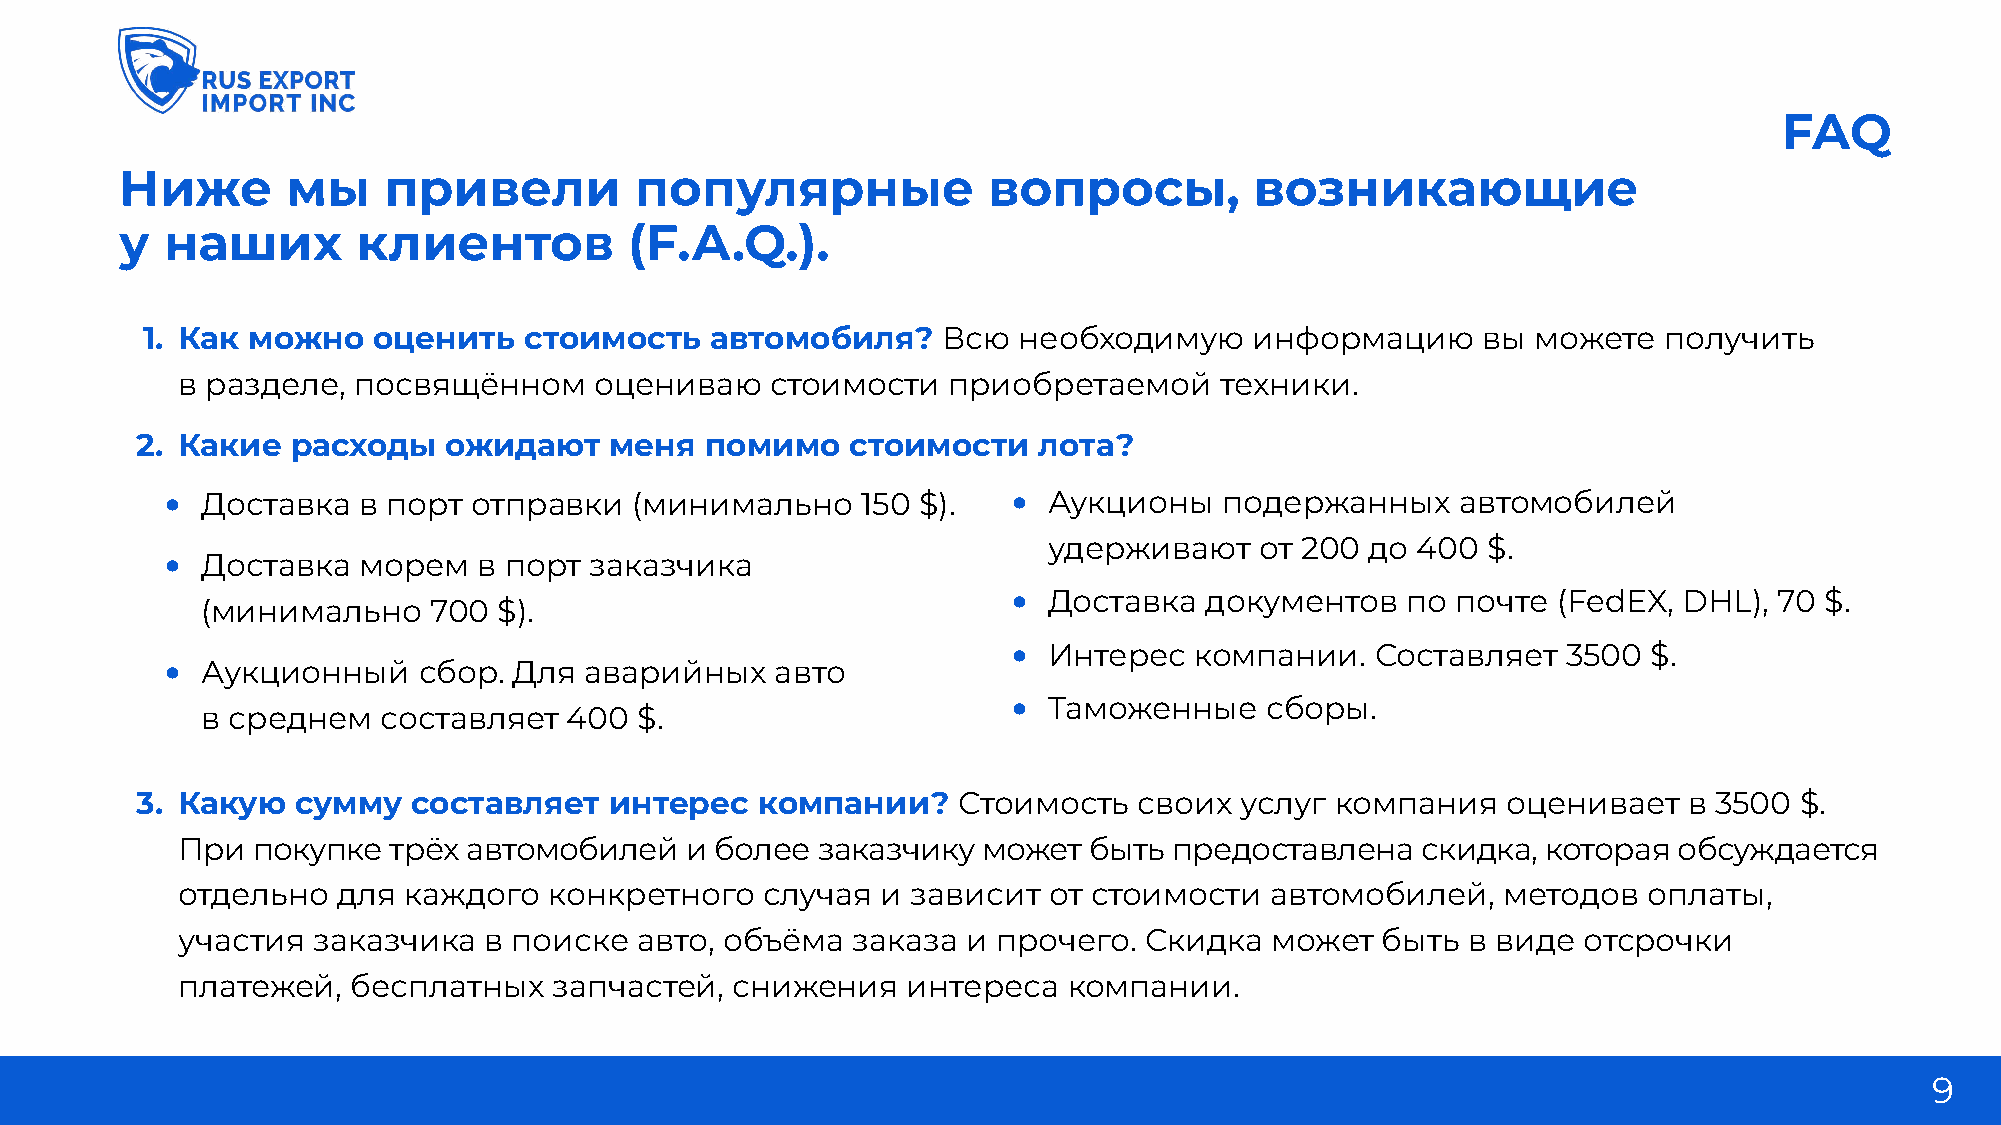
FAQ
 ниже       мы    привели          популярные             вопросы,          возникающие
 у  наших        клиентов          (F.A.Q.).
 1. как можно    оценить   стоимость   автомобиля?    Всю  необходимую     информацию     вы  можете  получить
 в разделе, посвящённом     оцениваю    стоимости   приобретаемой     техники.
 2. какие  расходы   ожидают    меня   помимо   стоимости    лота?
 • Доставка   в порт отправки   (минимально    150 $).   • Аукционы    подержанных     автомобилей
 удерживают    от 200  до 400 $.
 • Доставка   морем   в порт заказчика
 • Доставка   документов   по почте  (FedEX, DHL),  70 $.
 (минимально    700  $).
 • Интерес   компании.   Составляет   3500 $.
 • Аукционный     сбор. Для  аварийных   авто
 • Таможенные     сборы.
 в среднем   составляет   400 $.
 3. какую  сумму   составляет   интерес   компании?    Стоимость   своих  услуг компания    оценивает   в 3500 $.
 При  покупке  трёх автомобилей   и более  заказчику  может  быть  предоставлена   скидка, которая  обсуждается
 отдельно  для  каждого  конкретного   случая  и зависит  от стоимости   автомобилей,   методов   оплаты,
 участия  заказчика  в поиске  авто, объёма  заказа  и прочего.  Скидка  может  быть  в виде  отсрочки
 платежей,  бесплатных    запчастей, снижения    интереса   компании.
 9